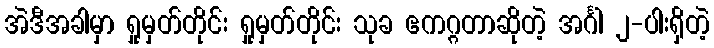
အဲဒီအခါမှာ ရှုမှတ်တိုင်း ရှုမှတ်တိုင်း သုခ ဧကဂ္ဂတာဆိုတဲ့ အင်္ဂါ ၂-ပါးရှိတဲ့